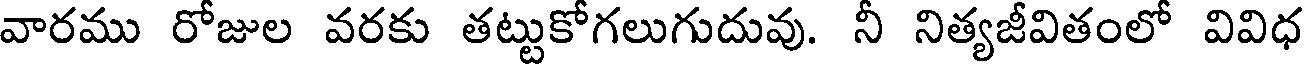
వారము రోజుల వరకు తట్టుకోగలుగుదువు. నీ నిత్యజీవితంలో వివిధ